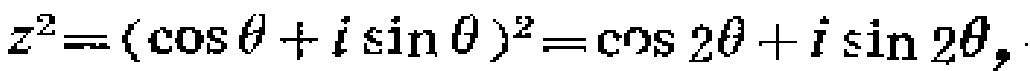
\(z^{2}=(\cos\theta + i\sin\theta )^{2}=\cos 2\theta + i\sin 2\theta,\)